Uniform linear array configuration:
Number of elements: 64
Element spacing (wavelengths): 0.25
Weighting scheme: kaiser
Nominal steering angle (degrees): -15
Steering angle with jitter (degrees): -16.298
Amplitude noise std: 0.05
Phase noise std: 0.05

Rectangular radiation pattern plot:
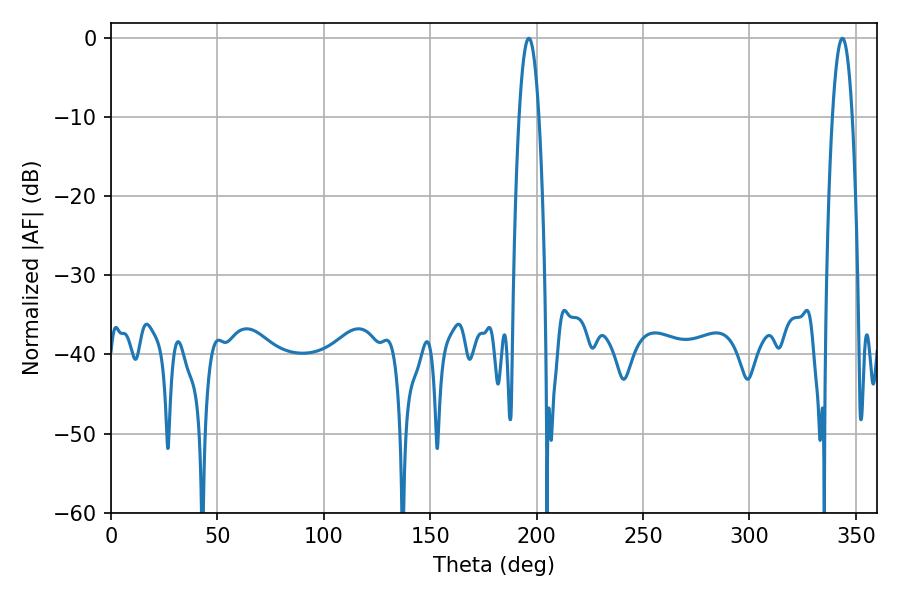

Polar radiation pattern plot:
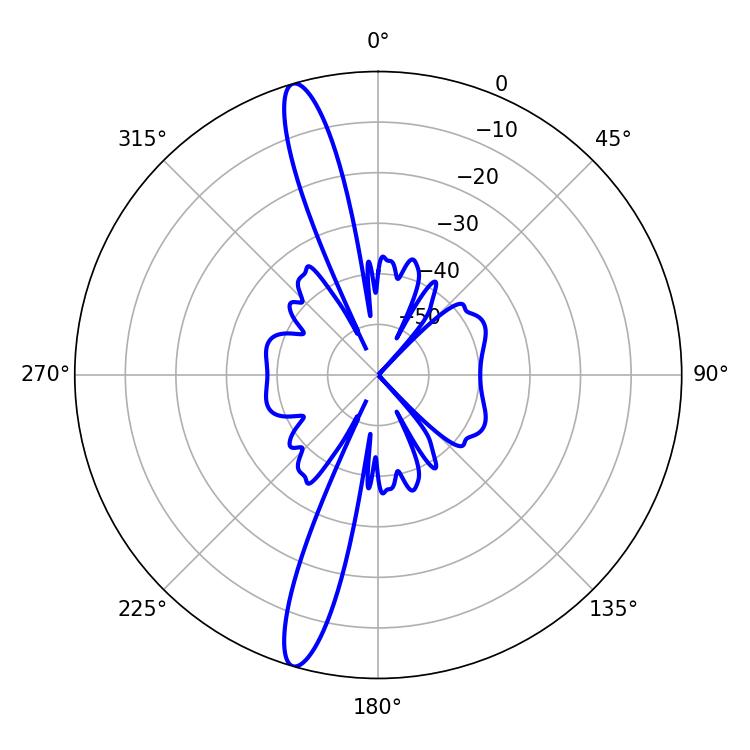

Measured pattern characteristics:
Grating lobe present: FALSE
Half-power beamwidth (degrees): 5.04
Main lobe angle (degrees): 196.38